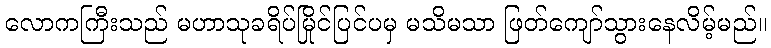
လောကကြီးသည် မဟာသုခရိပ်မြိုင်ပြင်ပမှ မသိမသာ ဖြတ်ကျော်သွားနေလိမ့်မည်။